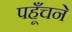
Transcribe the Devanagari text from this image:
पहूँचने